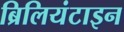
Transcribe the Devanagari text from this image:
ब्रिलियंटाइन